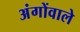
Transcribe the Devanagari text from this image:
अंगोंवाले